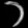
Digit: ၁